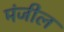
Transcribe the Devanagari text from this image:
मंजील